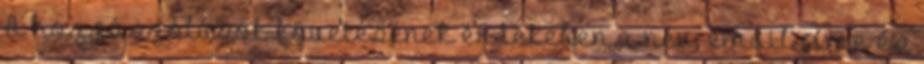
A hozzászólások követésének érdekében a név, email címe és